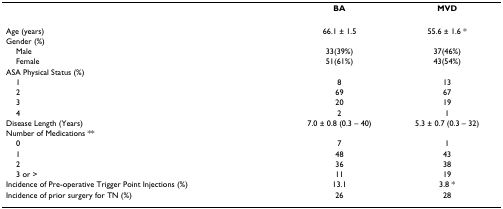
<table><thead><tr><td></td><td><b>BA</b></td><td><b>MVD</b></td></tr></thead><tbody><tr><td>Age (years)</td><td>66.1 ± 1.5</td><td>55.6 ± 1.6 *</td></tr><tr><td>Gender (%)</td><td></td><td></td></tr><tr><td> Male</td><td>33(39%)</td><td>37(46%)</td></tr><tr><td> Female</td><td>51(61%)</td><td>43(54%)</td></tr><tr><td>ASA Physical Status (%)</td><td></td><td></td></tr><tr><td> 1</td><td>8</td><td>13</td></tr><tr><td> 2</td><td>69</td><td>67</td></tr><tr><td> 3</td><td>20</td><td>19</td></tr><tr><td> 4</td><td>2</td><td>1</td></tr><tr><td>Disease Length (Years)</td><td>7.0 ± 0.8 (0.3 – 40)</td><td>5.3 ± 0.7 (0.3 – 32)</td></tr><tr><td>Number of Medications **</td><td></td><td></td></tr><tr><td> 0</td><td>7</td><td>1</td></tr><tr><td> 1</td><td>48</td><td>43</td></tr><tr><td> 2</td><td>36</td><td>38</td></tr><tr><td> 3 or &gt;</td><td>11</td><td>19</td></tr><tr><td>Incidence of Pre-operative Trigger Point Injections (%)</td><td>13.1</td><td>3.8 *</td></tr><tr><td>Incidence of prior surgery for TN (%)</td><td>26</td><td>28</td></tr></tbody></table>